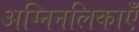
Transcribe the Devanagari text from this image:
अग्निनलिकाएँ